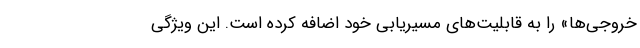
خروجی‌ها» را به قابلیت‌های مسیریابی خود اضافه کرده است. این ویژگی